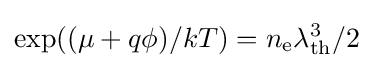
\exp((\mu +q\phi )/kT)=n_{\rm {e}}\lambda _{\rm {th}}^{3}/2